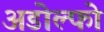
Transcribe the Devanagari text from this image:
अडोल्फो